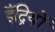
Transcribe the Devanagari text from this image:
इँद्रियों